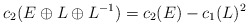
\begin{align*}c_2(E\oplus L\oplus L^{-1}) = c_2(E)-c_1(L)^2\end{align*}